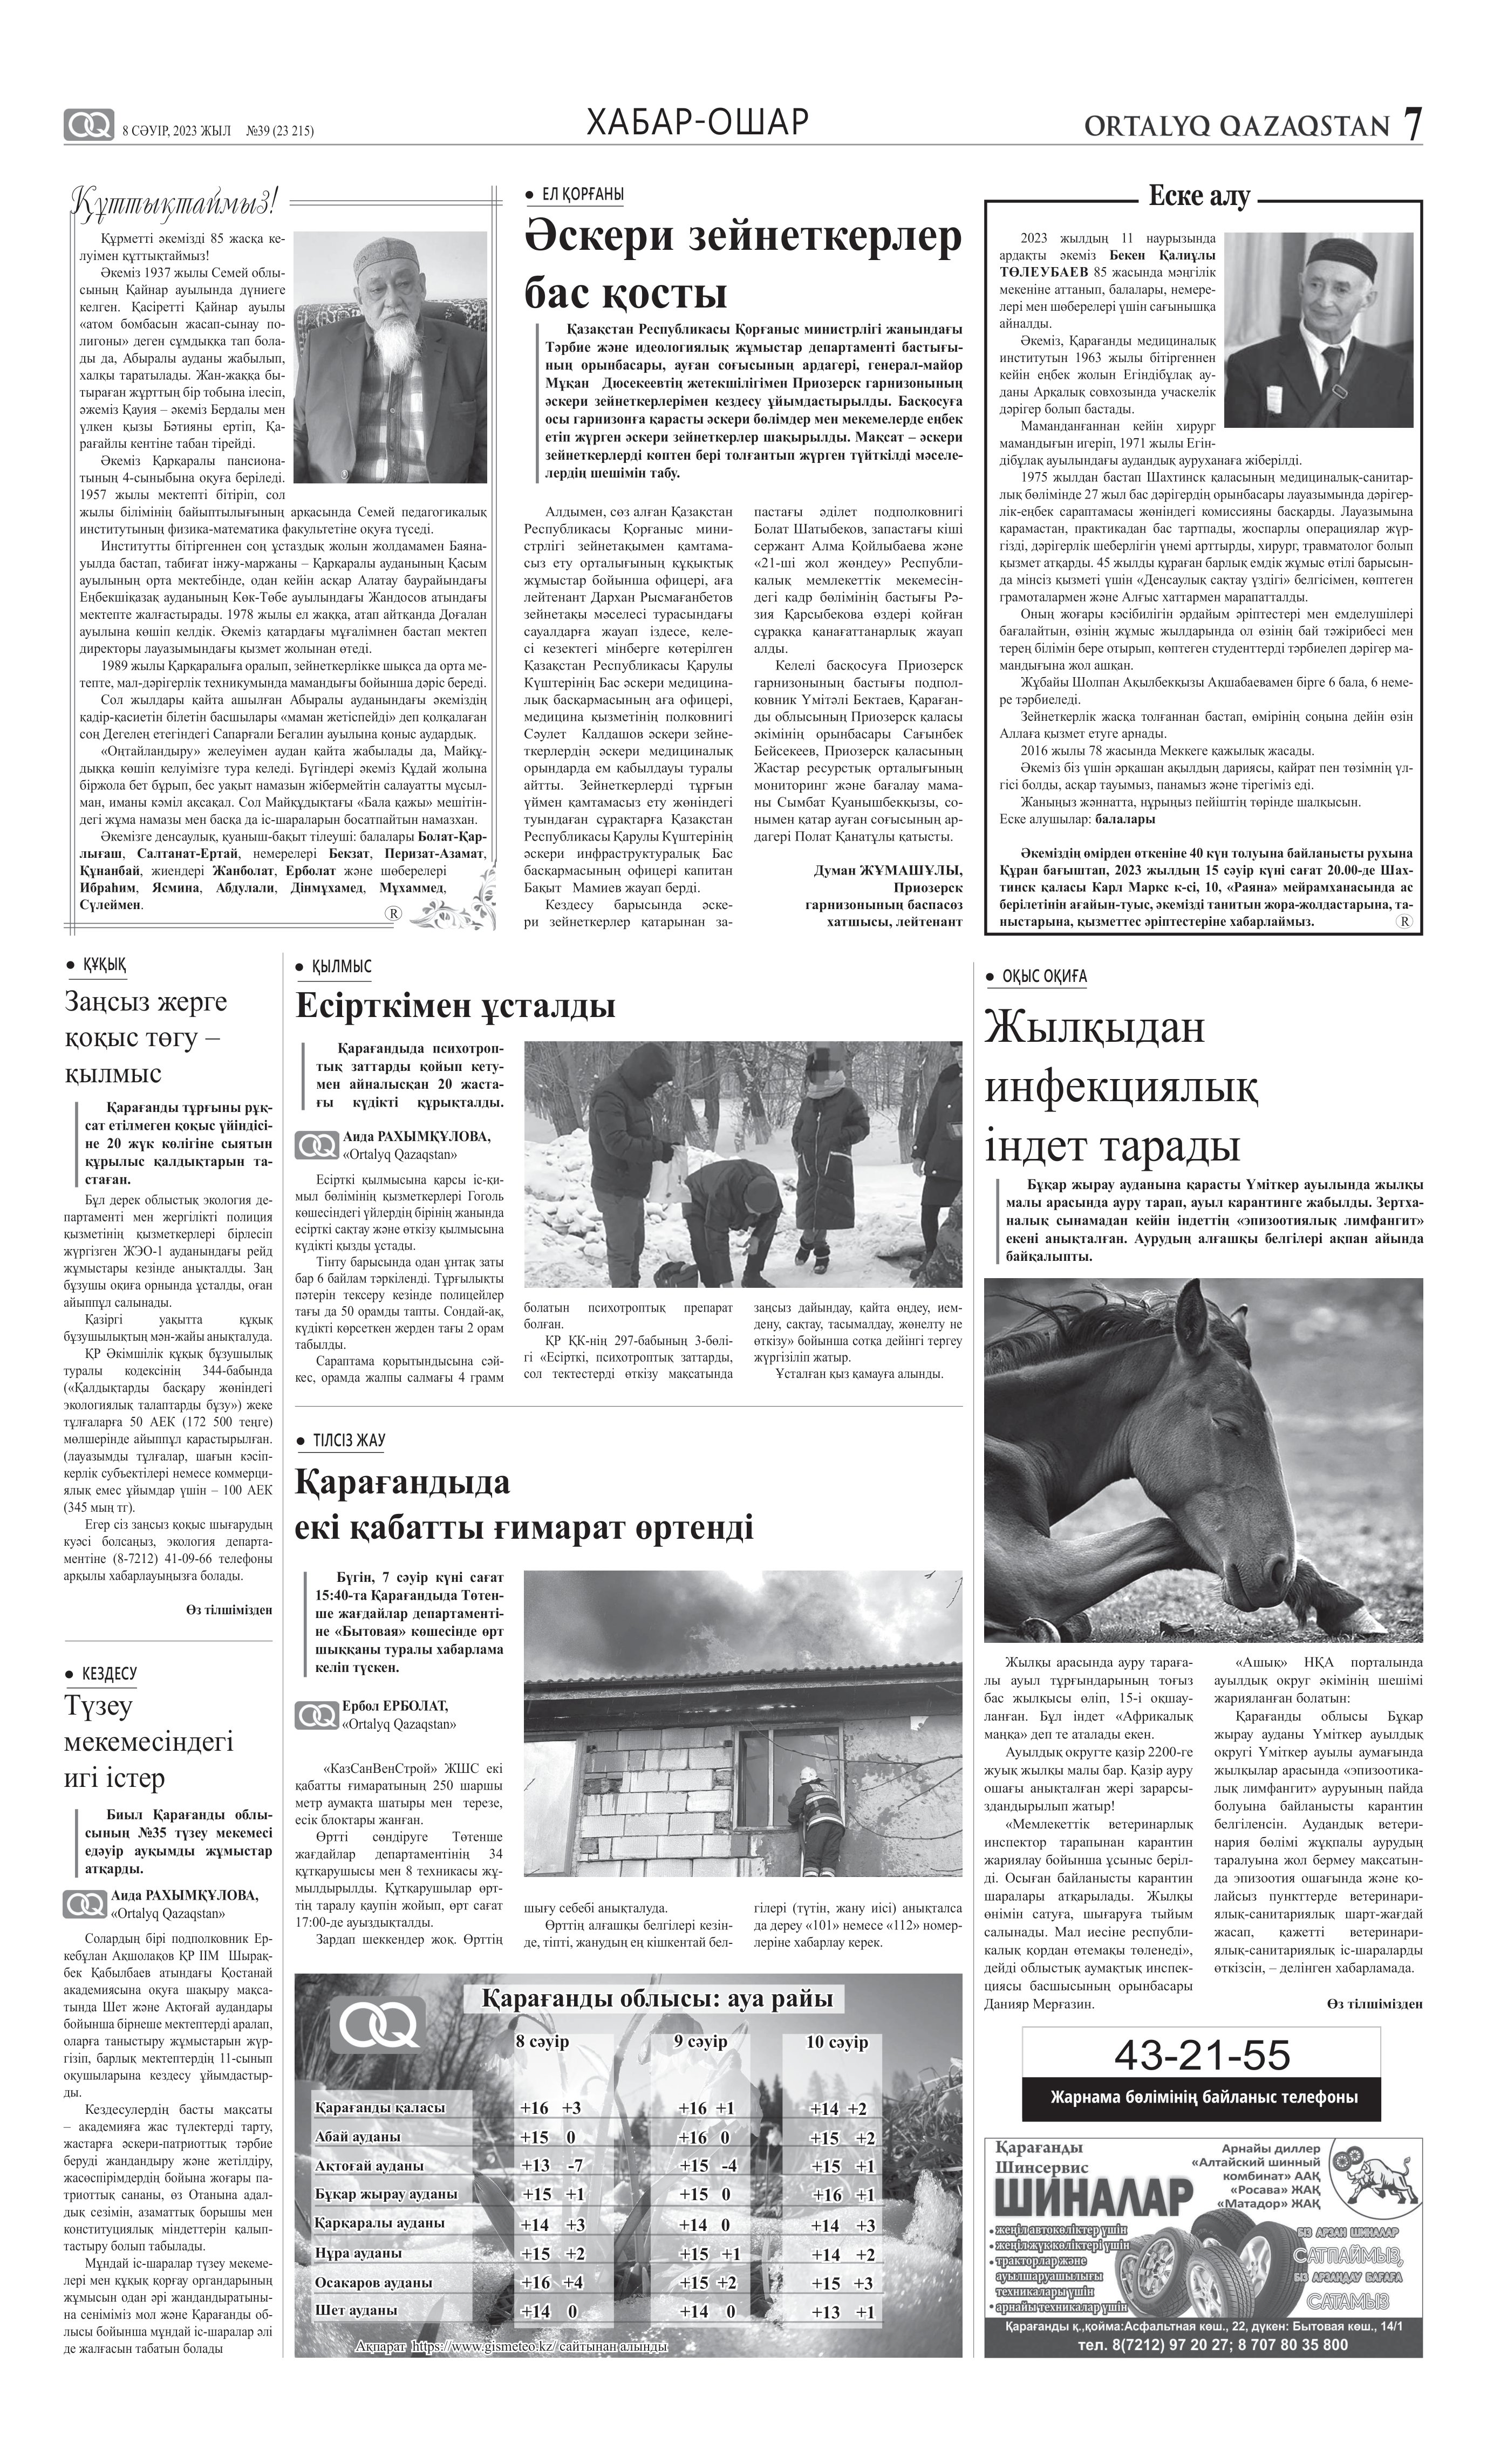
Language: kk